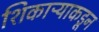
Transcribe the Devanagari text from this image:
शिकाऱ्याकडून